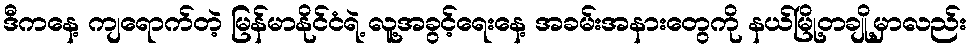
ဒီကနေ့ ကျရောက်တဲ့ မြန်မာနိုင်ငံရဲ့ လူ့အခွင့်ရေးနေ့ အခမ်းအနားတွေကို နယ်မြို့တချို့မှာလည်း